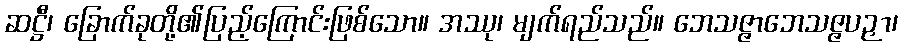
ဆဋ္ဌီ၊ ခြောက်ခုတို့၏ပြည့်ကြောင်းဖြစ်သော။ အဿု၊ မျက်ရည်သည်။ ဘေသဇ္ဇာဘေသဇ္ဇပဉှာ၊